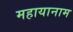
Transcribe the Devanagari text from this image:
महायानाम